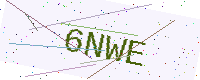
Text: 6NWE